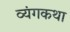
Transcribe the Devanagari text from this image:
व्यंगकथा